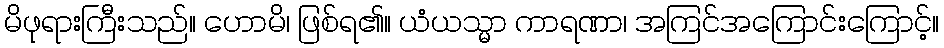
မိဖုရားကြီးသည်။ ဟောမိ၊ ဖြစ်ရ၏။ ယံယသ္မာ ကာရဏာ၊ အကြင်အကြောင်းကြောင့်။